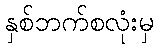
နှစ်ဘက်စလုံးမှ